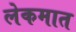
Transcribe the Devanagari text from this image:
लेकमात